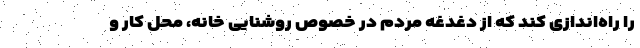
را راه‌اندازی کند که از دغدغه مردم در خصوص روشنایی خانه، محل کار و